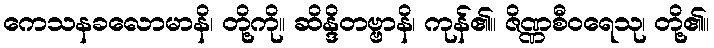
ကေသနခလောမာနိ၊ တို့ကို။ ဆိန္ဒိတဗ္ဗာနိ၊ ကုန်၏။ ဇိဏ္ဏစီဝရေသု၊ တို့၏။